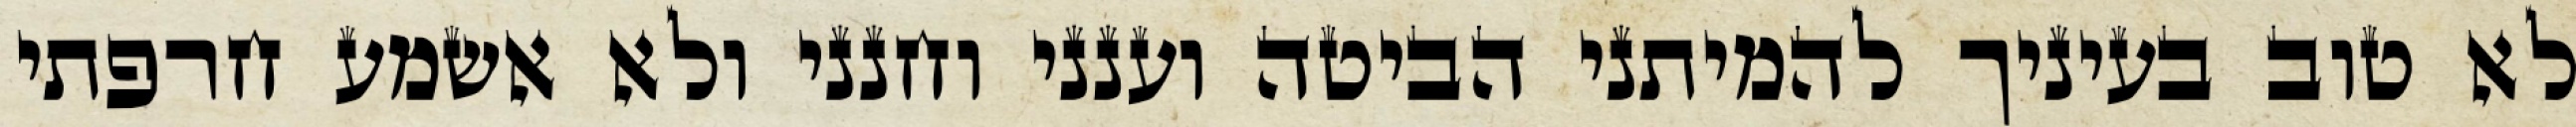
לא טוב בעיניך להמיתני הביטה וענני וחנני ולא אשמע חרפתי